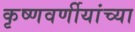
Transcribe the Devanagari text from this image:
कृष्णवर्णीयांच्या